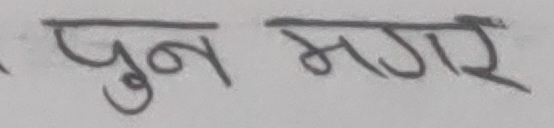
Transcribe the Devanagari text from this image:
पुन मगर